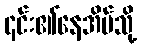
၎င်း၏နေအိမ်သို့